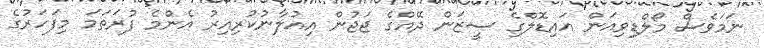
ނަމަވެސް މޯލްޑިވިއަން އައިޑޮލްގެ ސީޒަން ދޭއްގެ ޖަޖުން އިއުލާނުކުރިއިރު އެންމެ ފުރަތަމަ މިފަހަރުގެ